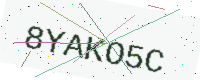
Text: 8YAKO5C